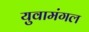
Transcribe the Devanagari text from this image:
युवामंगल